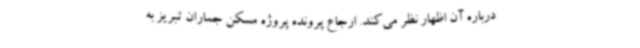
درباره آن اظهار نظر می‌کند. ارجاع پرونده پروژه مسکن جماران تبریز به